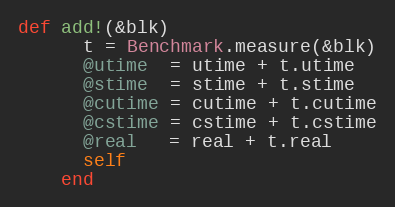
Language: Ruby
def add!(&blk)
      t = Benchmark.measure(&blk)
      @utime  = utime + t.utime
      @stime  = stime + t.stime
      @cutime = cutime + t.cutime
      @cstime = cstime + t.cstime
      @real   = real + t.real
      self
    end